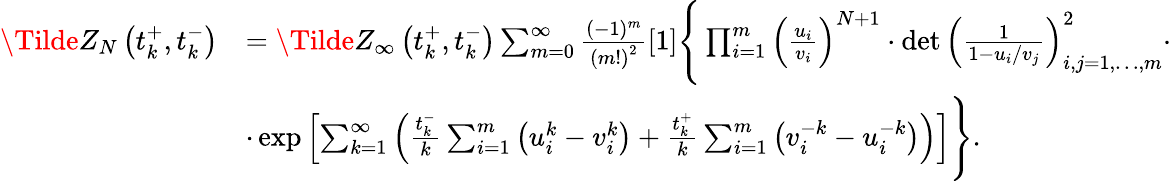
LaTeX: \begin{array}{rl}{\Tilde{Z}_{N}\left(t_{k}^{+},t_{k}^{-}\right)}&{=\Tilde{Z}_{\infty}\left(t_{k}^{+},t_{k}^{-}\right)\sum_{m=0}^{\infty}\frac{(-1)^{m}}{\left(m!\right)^{2}}[1]\Bigg\{ \prod_{i=1}^{m}\left(\frac{u_{i}}{v_{i}}\right)^{N+1}\cdot\operatorname*{det}\left(\frac{1}{1-u_{i}/v_{j}}\right)_{i,j=1,\dots,m}^{2}\cdot}\\ &{\cdot\exp\left[\sum_{k=1}^{\infty}\left(\frac{t_{k}^{-}}{k}\sum_{i=1}^{m}\left(u_{i}^{k}-v_{i}^{k}\right)+\frac{t_{k}^{+}}{k}\sum_{i=1}^{m}\left(v_{i}^{-k}-u_{i}^{-k}\right)\right)\right]\Bigg\} .}\end{array}